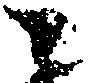
ニ